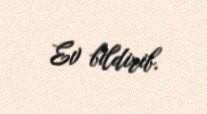
Ev bildirib.